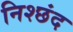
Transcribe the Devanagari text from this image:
निश्छंद